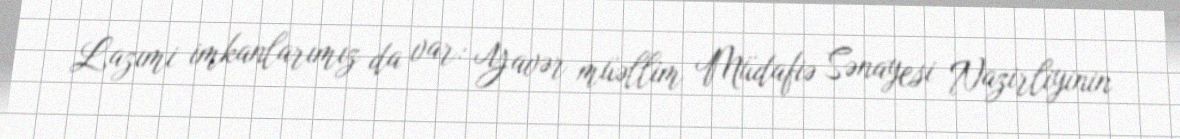
Lazımi imkanlarımız da var: Yavər müəllim Müdafiə Sənayesi Nazirliyinin